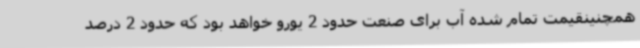
همچنینقیمت تمام شده آب برای صنعت حدود 2 یورو خواهد بود که حدود 2 درصد